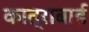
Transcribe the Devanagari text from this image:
कात्राबाई